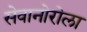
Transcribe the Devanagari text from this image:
सेवानोरोला